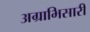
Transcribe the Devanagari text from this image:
अग्राभिसारी